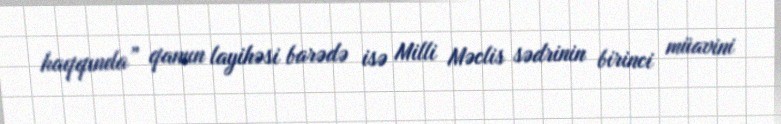
haqqında” qanun layihəsi barədə isə Milli Məclis sədrinin birinci müavini